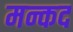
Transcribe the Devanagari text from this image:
मन्कद